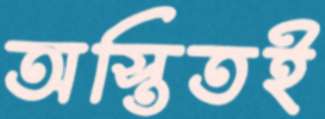
অস্তিতই